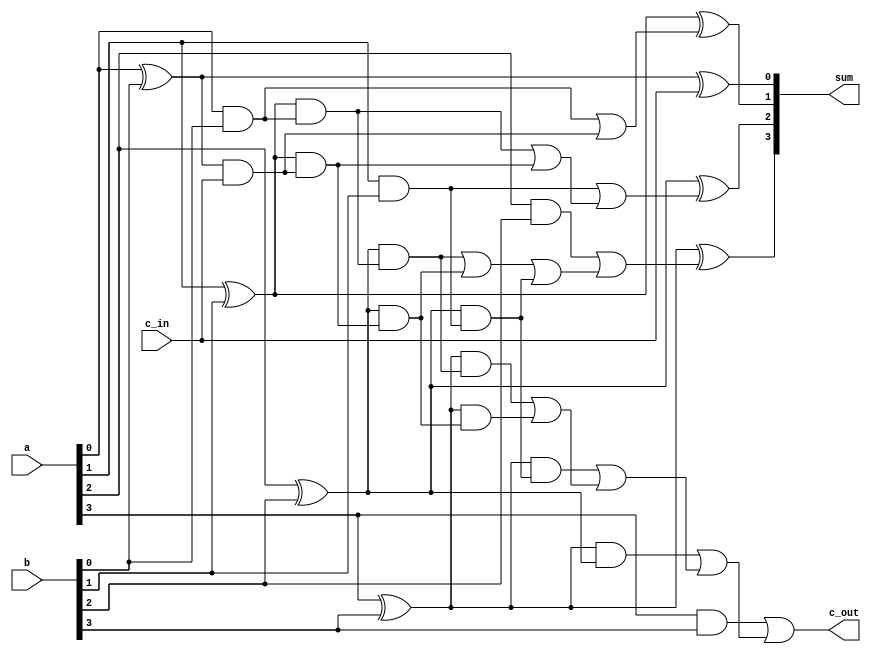
module cla_full_adder_4bit (
output [3:0] sum,
output c_out,
input [3:0] a,
input [3:0] b,
input c_in
);


	wire p0, p1, p2, p3;
	wire g0, g1, g2, g3;
	wire c1, c2, c3, c4;
	wire x1, x2, x3, x4;
	wire y1, y2, y3, z0, z1, z2;
	wire temp1, temp2, temp3, temp4, temp5;
	

	xor xor0 (p0, a[0], b[0]);
	xor xor1 (p1, a[1], b[1]);
	xor xor2 (p2, a[2], b[2]);
	xor xor3 (p3, a[3], b[3]);

	and and0 (g0, a[0], b[0]);
	and and1 (g1, a[1], b[1]);
	and and2 (g2, a[2], b[2]);
	and and3 (g3, a[3], b[3]);

	assign c0 = c_in;
	// or or0 (c_in, c0, 0);
	
	and and4 (x1, p0, c_in); // p0 & c_in
	and and5 (x2, p1, x1); // p1 & p0 & c_in
	and and6 (x3, p2, x2); // p2 & p1 & p0 & c_in
	and and7 (x4, p3, x3); // p3 & p2 & p1 & p0 & c_in
	
	and and8 (y1, p1, g0); // p1 & g0 
	and and9 (y2, p2, y1); // p2 & p1 & g0
	and and10 (y3, p3, y2); // p3 & p2 & p1 & g0
	
	and and11 (z0, p2, g1); // p2 & g1
	and and12 (z1, p3, z0); // p3 & p2 & g1
	and and13 (z2, p3, p2); // p3 & g2 
	
	// c1 = g0 | ( p0 & c_in)
	or or1 (c1, g0, x1); 
	
	// c2 = g1 | (p1 & g0)| (p1 & p0 &c_in)
	or or2 (temp, y1, x2);
	or or3 (c2, g1, temp);
	
	// c3 = g2 |(p2 & g1)| (p2 & p1 & g0) | (p2 & p1 & p0 & c_in),
	or or4 (temp1, y2, x3);
	or or5 (temp2, temp1, z0);
	or or6 (c3, g2, temp2);
	
	// c4 = g3 |(p3 & g2)|(p3 & p2 & g1)|(p3 & p2 & p1 & g0)|(p3 & p2 & p1 & p0 & c_in);
	or or7 (temp3, y3, x4);
	or or8 (temp4, z1, temp3);
	or or9 (temp5, z2, temp4);
	or or10 (c4, g3, temp5);
	
	xor xor4 (sum[0], p0, c0);
	xor xor5 (sum[1], p1, c1);
	xor xor6 (sum[2], p2, c2);
	xor xor7 (sum[3], p3, c3);
	// assign c_out = c4;
	or or11 (c_out, c4, 0);

	


endmodule